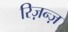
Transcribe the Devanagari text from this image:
रिज़न्ज़